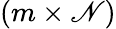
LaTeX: \left(m\times\mathscr{N}\right)